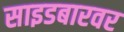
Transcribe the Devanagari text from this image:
साइडबारवर